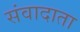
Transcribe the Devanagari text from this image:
संवादाता